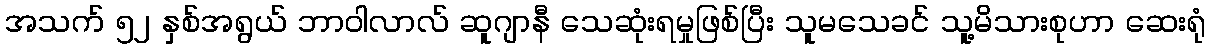
အသက် ၅၂ နှစ်အရွယ် ဘာဝါလာလ် ဆူဂျာနီ သေဆုံးရမှုဖြစ်ပြီး သူမသေခင် သူ့မိသားစုဟာ ဆေးရုံ